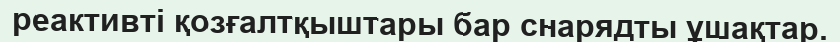
реактивті қозғалтқыштары бар снарядты ұшақтар.